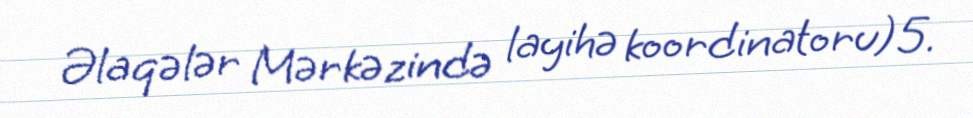
Əlaqələr Mərkəzində layihə koordinatoru)5.